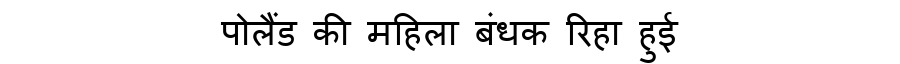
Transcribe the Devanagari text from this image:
पोलैंड की महिला बंधक रिहा हुई